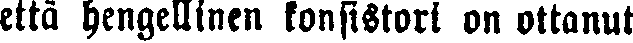
että hengellinen konsistori on ottanut